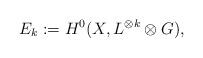
LaTeX: \begin{align*}E_k := H^0(X, L^{\otimes k} \otimes G),\end{align*}